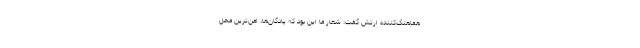
هماهنگ‌کننده ارتش گفت: شعار ما این بود که پادگان‌ها، امن‌ترین محل